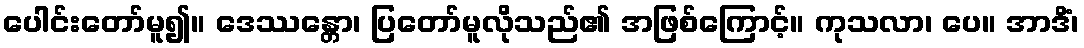
ပေါင်းတော်မူ၍။ ဒေဿန္တော၊ ပြတော်မူလိုသည်၏ အဖြစ်ကြောင့်။ ကုသလာ၊ ပေ။ အာဒိံ၊